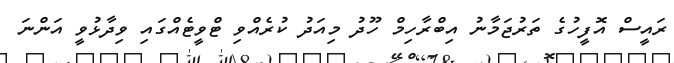
ރައީސް އޮފީހުގެ ތަރުޖަމާނު އިބްރާހިމް ހޫދު މިއަދު ކުރެއްވި ޓްވީޓެއްގައި ވިދާޅުވީ އަންނަ